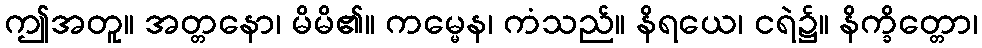
ဤအတူ။ အတ္တနော၊ မိမိ၏။ ကမ္မေန၊ ကံသည်။ နိရယေ၊ ငရဲ၌။ နိက္ခိတ္တော၊